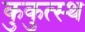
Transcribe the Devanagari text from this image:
कुकुत्स्थ